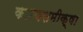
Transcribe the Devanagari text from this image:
कारणसमीक्षा